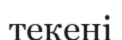
текені